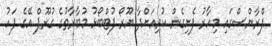
ފްރާންސްގައި މިހާރު ފެށިގެން ކުރިއަށްދާ ޔޫރޯ ފުޓްބޯޅު މުބާރާތުގެ ގުރޫޕް އޭގެ ފަހު